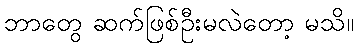
ဘာတွေ ဆက်ဖြစ်ဦးမလဲတော့ မသိ။